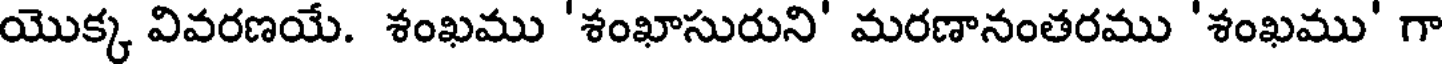
యొక్క వివరణయే. శంఖము 'శంఖాసురుని' మరణానంతరము 'శంఖము' గా